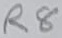
Text: R8